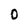
Character: o